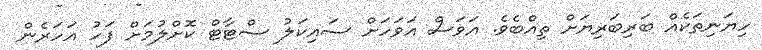
ހިޔަނިތަކެއް ބަރިބަރިޔަށް ތިއްބެވެ. އަވަސް އަވަހަށް ސައިކަލު ސްޓާޓް ކޮށްލުމަށް ފަހު އަހަރެން